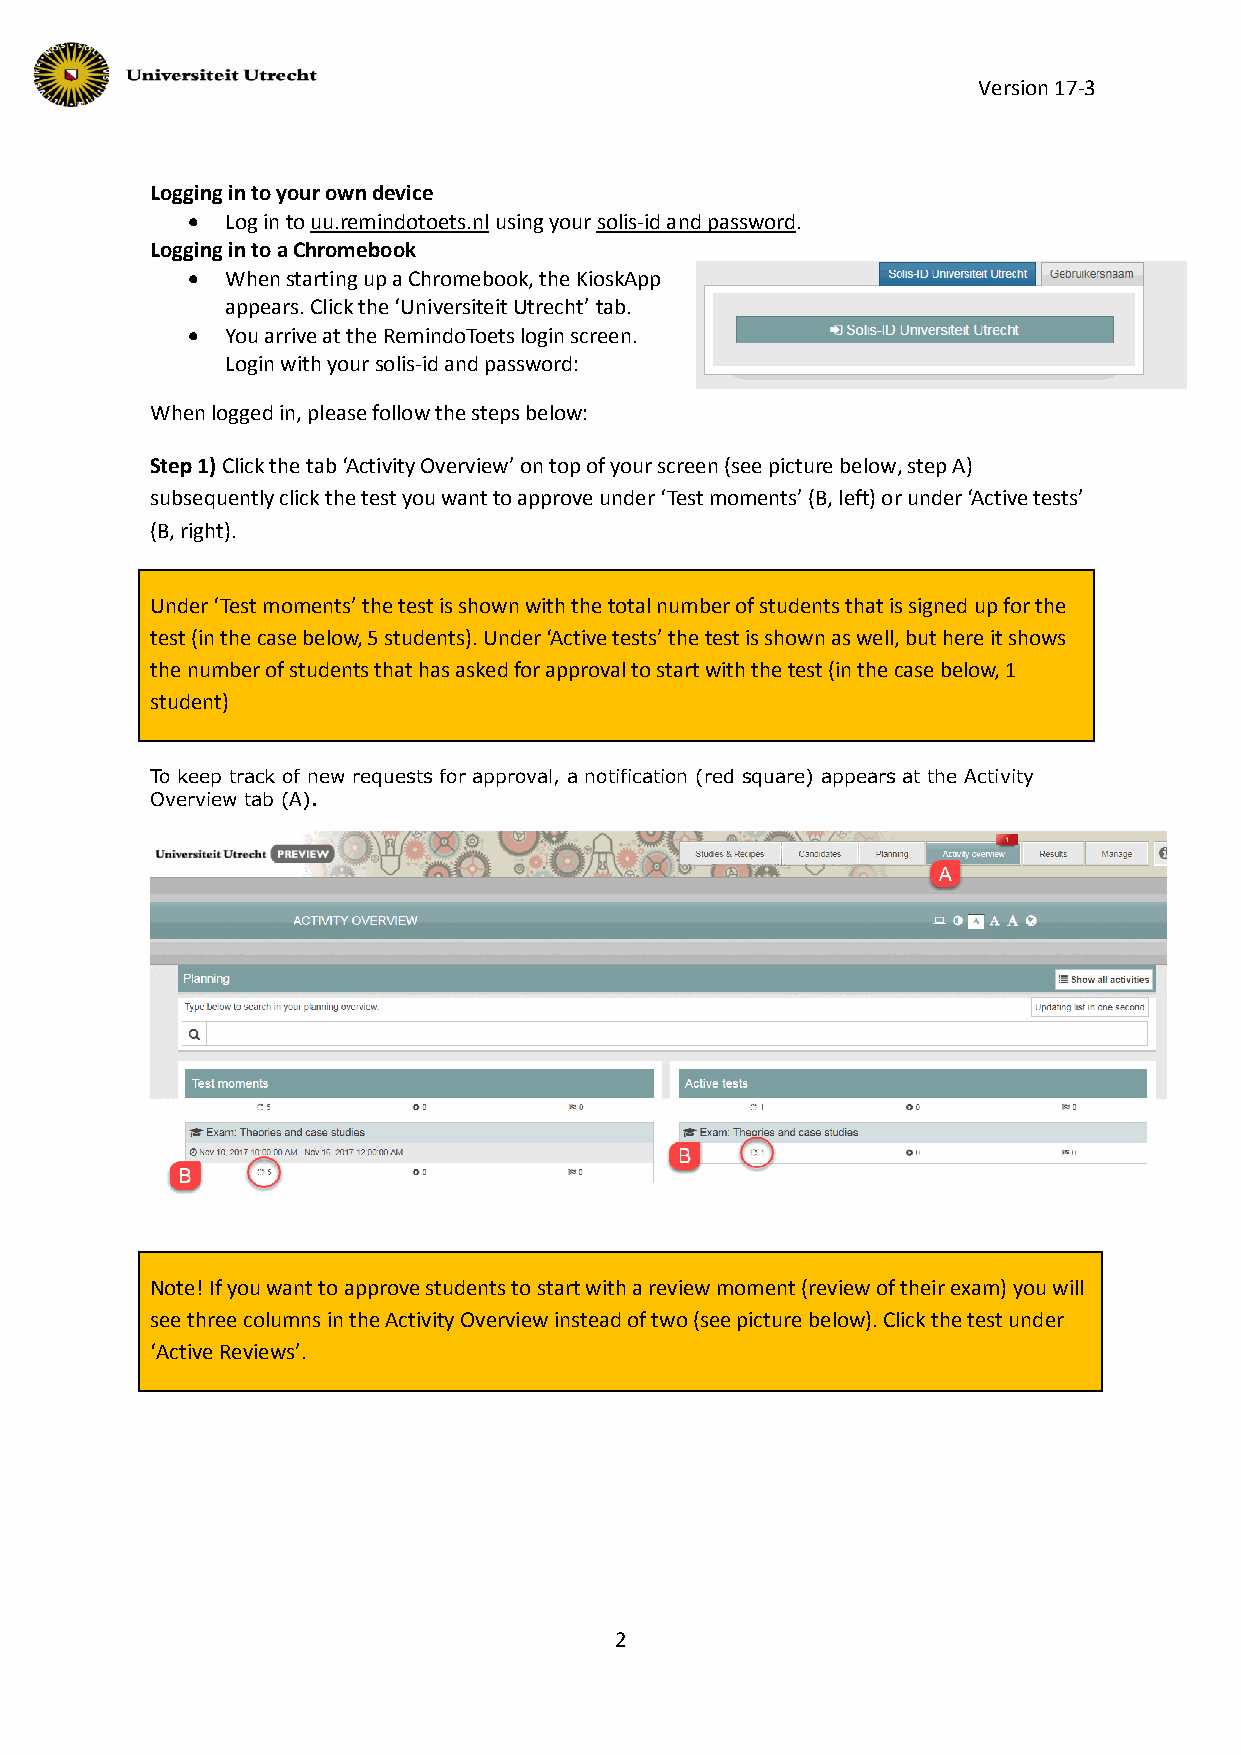
Version 17-3
 Logging in to your own device
   Log in to uu.remindotoets.nl using your solis-id and password.
 Logging in to a Chromebook
   When starting up a Chromebook, the KioskApp
 appears. Click the ‘Universiteit Utrecht’ tab.
   You arrive at the RemindoToets login screen.
 Login with your solis-id and password:
 When logged in, please follow the steps below:
 Step 1) Click the tab ‘Activity Overview’ on top of your screen (see picture below, step A)
 subsequently click the test you want to approve under ‘Test moments’ (B, left) or under ‘Active tests’
 (B, right).
 Under ‘Test moments’ the test is shown with the total number of students that is signed up for the
 test (in the case below, 5 students). Under ‘Active tests’ the test is shown as well, but here it shows
 the number of students that has asked for approval to start with the test (in the case below, 1
 student)
 To keep track of new requests for approval, a notification (red square) appears at the Activity
 Overview tab (A).
 Note! If you want to approve students to start with a review moment (review of their exam) you will
 see three columns in the Activity Overview instead of two (see picture below). Click the test under
 ‘Active Reviews’.
 2